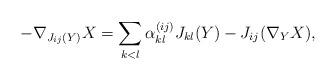
LaTeX: \begin{gather*}-\nabla_{J_{ij}(Y)}X = \sum_{k<l} \alpha_{kl}^{(ij)} J_{kl}(Y)-J_{ij}(\nabla_YX),\end{gather*}